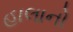
હાલાનો